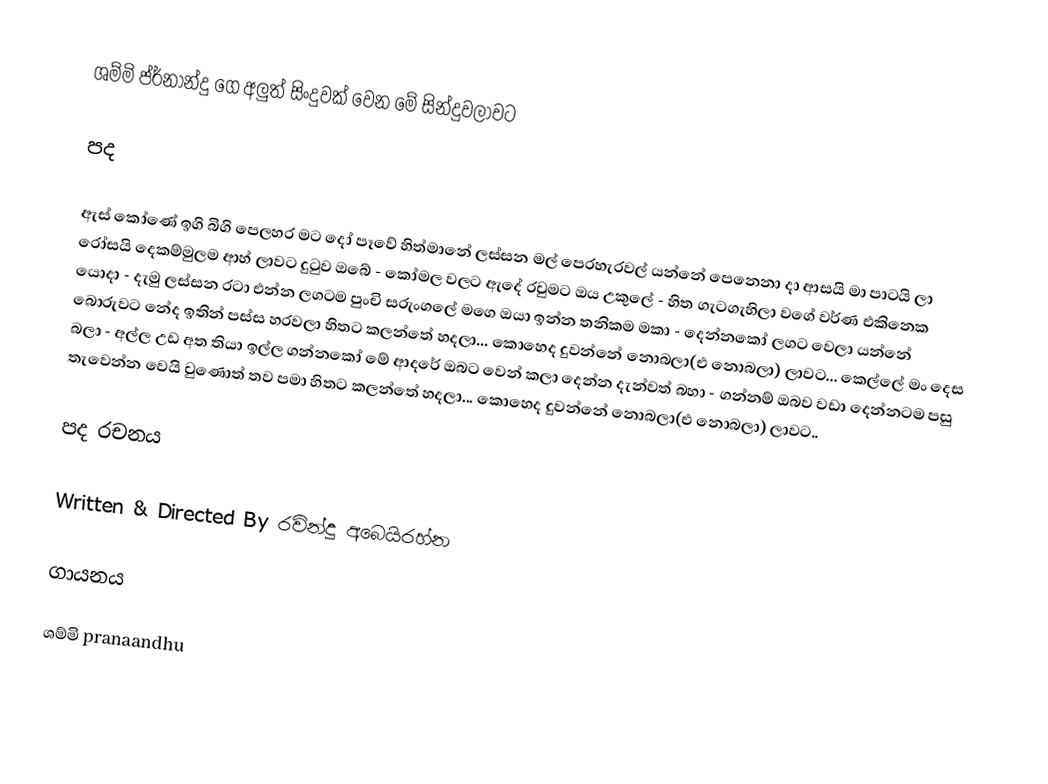
ශම්මි ප්ර්නාන්දු ගෙ අලුත් සිංදුවක් වෙන මේ සින්දුවලාවට

පද

ඇස් කෝණේ ඉගි බිගි පෙලහර මට දෝ පෑවේ හිත්මානේ ලස්සන මල් පෙරහැරවල් යන්නේ පෙනෙනා දා ආසයි මා පාටයි ලා රෝසයි දෙකම්මුලම ආහ් ලාවට දුටුව ඔබේ - කෝමල වලට ඇදේ රවුමට ඔය උකුලේ - හිත ගැටගැහිලා වගේ වර්ණ එකිනෙක යොදා - දැමු ලස්සන රටා එන්න ලගටම පුංචි සරුංගලේ මගෙ ඔයා ඉන්න තනිකම මකා - දෙන්නකෝ ලගට වෙලා යන්නේ බොරුවට නේද ඉතින් පස්ස හරවලා හිතට කලන්තේ හදලා... කොහෙද දුවන්නේ නොබලා(එ නොබලා) ලාවට... කෙල්ලේ මං දෙස බලා - අල්ල උඩ අත තියා ඉල්ල ගන්නකෝ මේ ආදරේ ඔබට වෙන් කලා දෙන්න දැන්වත් බහා - ගන්නම් ඔබව වඩා දෙන්නටම පසු තැවෙන්න වෙයි වුණොත් තව පමා හිතට කලන්තේ හදලා... කොහෙද දුවන්නේ නොබලා(එ නොබලා) ලාවට..

පද රචනය

Written & Directed By රවින්දු අබෙයිරහ්න

ගායනය

ශම්මි pranaandhu